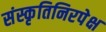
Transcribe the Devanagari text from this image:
संस्कृतिनिरपेक्ष